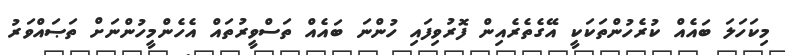
މިކަހަލަ ބައެއް ކުރެހުންތަކަކީ އޭގެތެރެއިން ފޮރުވިފައި ހުންނަ ބައެއް ތަސްވީރުތައް އެހެންމީހުންނަށް ތަޞައްވަރު